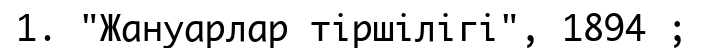
1. "Жануарлар тіршілігі", 1894 ;